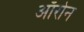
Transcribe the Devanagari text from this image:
ऑरोन